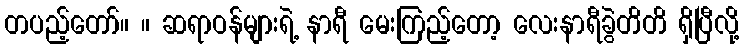
တပည့်တော်။ ။ ဆရာဝန်များရဲ့ နာရီ မေးကြည့်တော့ လေးနာရီခွဲတိတိ ရှိပြီလို့